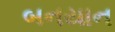
બનયાન